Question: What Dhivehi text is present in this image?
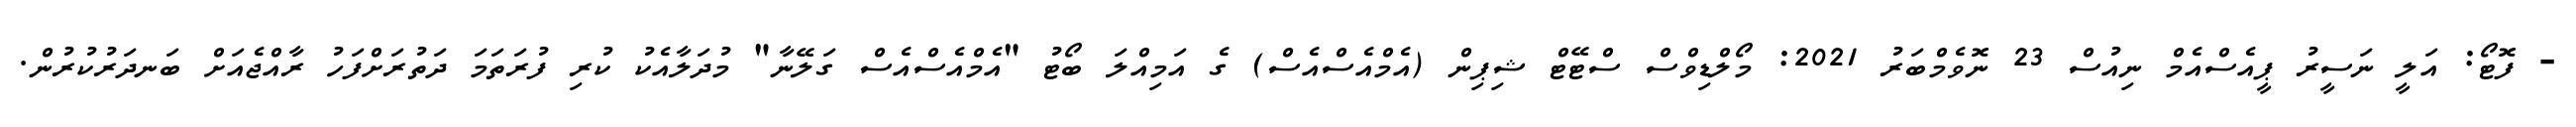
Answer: - ފޮޓޯ: އަލީ ނަސީރު ޕީއެސްއެމް ނިއުސް 23 ނޮވެމްބަރު 2021: މޯލްޑިވްސް ސްޓޭޓް ޝިޕިން (އެމްއެސްއެސް) ގެ އަމިއްލަ ބޯޓު "އެމްއެސްއެސް ގަލޭނާ" މުދަލާއެކު ކުރި ފުރަތަމަ ދަތުރަށްފަހު ރާއްޖެއަށް ބަނދަރުކުރުން.